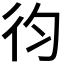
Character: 𢓈